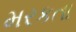
મરકતા